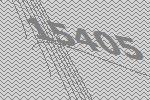
15405